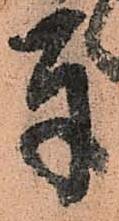
奉